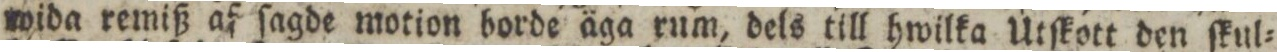
wida remiß af ſagde motion borde äga rum, dels till hwilka Utſkott den ſkul=